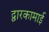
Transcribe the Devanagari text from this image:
द्वारकामाई